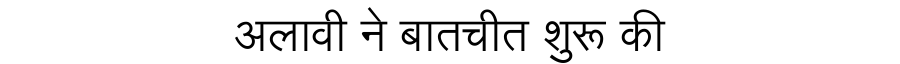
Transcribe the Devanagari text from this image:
अलावी ने बातचीत शुरू की